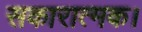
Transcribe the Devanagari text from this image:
सकारात्मक।